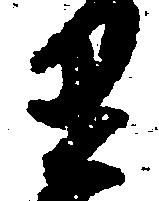
里